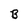
Character: B